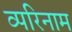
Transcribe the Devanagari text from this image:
व्परिनाम